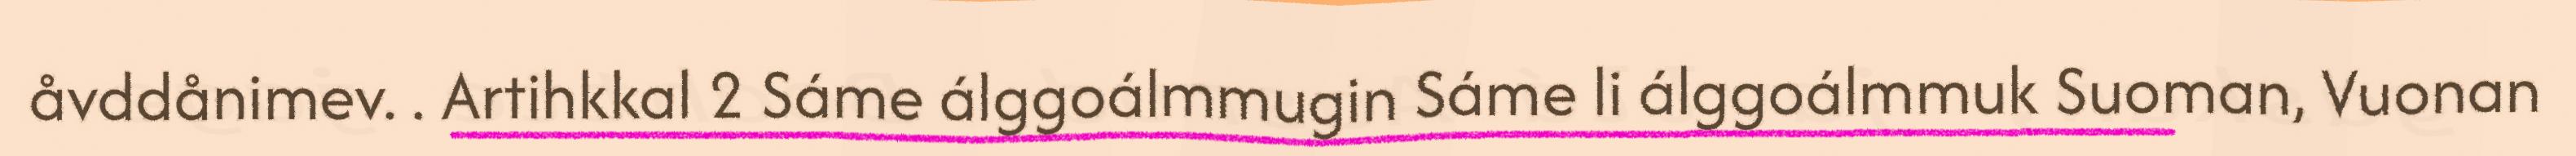
åvddånimev. . Artihkkal 2 Sáme álggoálmmugin Sáme li álggoálmmuk Suoman, Vuonan